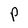
Character: P